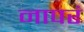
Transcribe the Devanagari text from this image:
नापरं